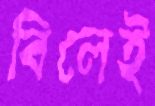
বিলেই